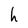
Character: h